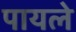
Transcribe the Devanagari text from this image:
पायले